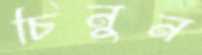
চিনুন